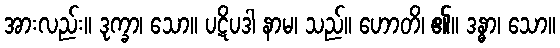
အားလည်း။ ဒုက္ခာ၊ သော။ ပဋိပဒါ နာမ၊ သည်။ ဟောတိ၊ ၏။ ဒန္ဓာ၊ သော။